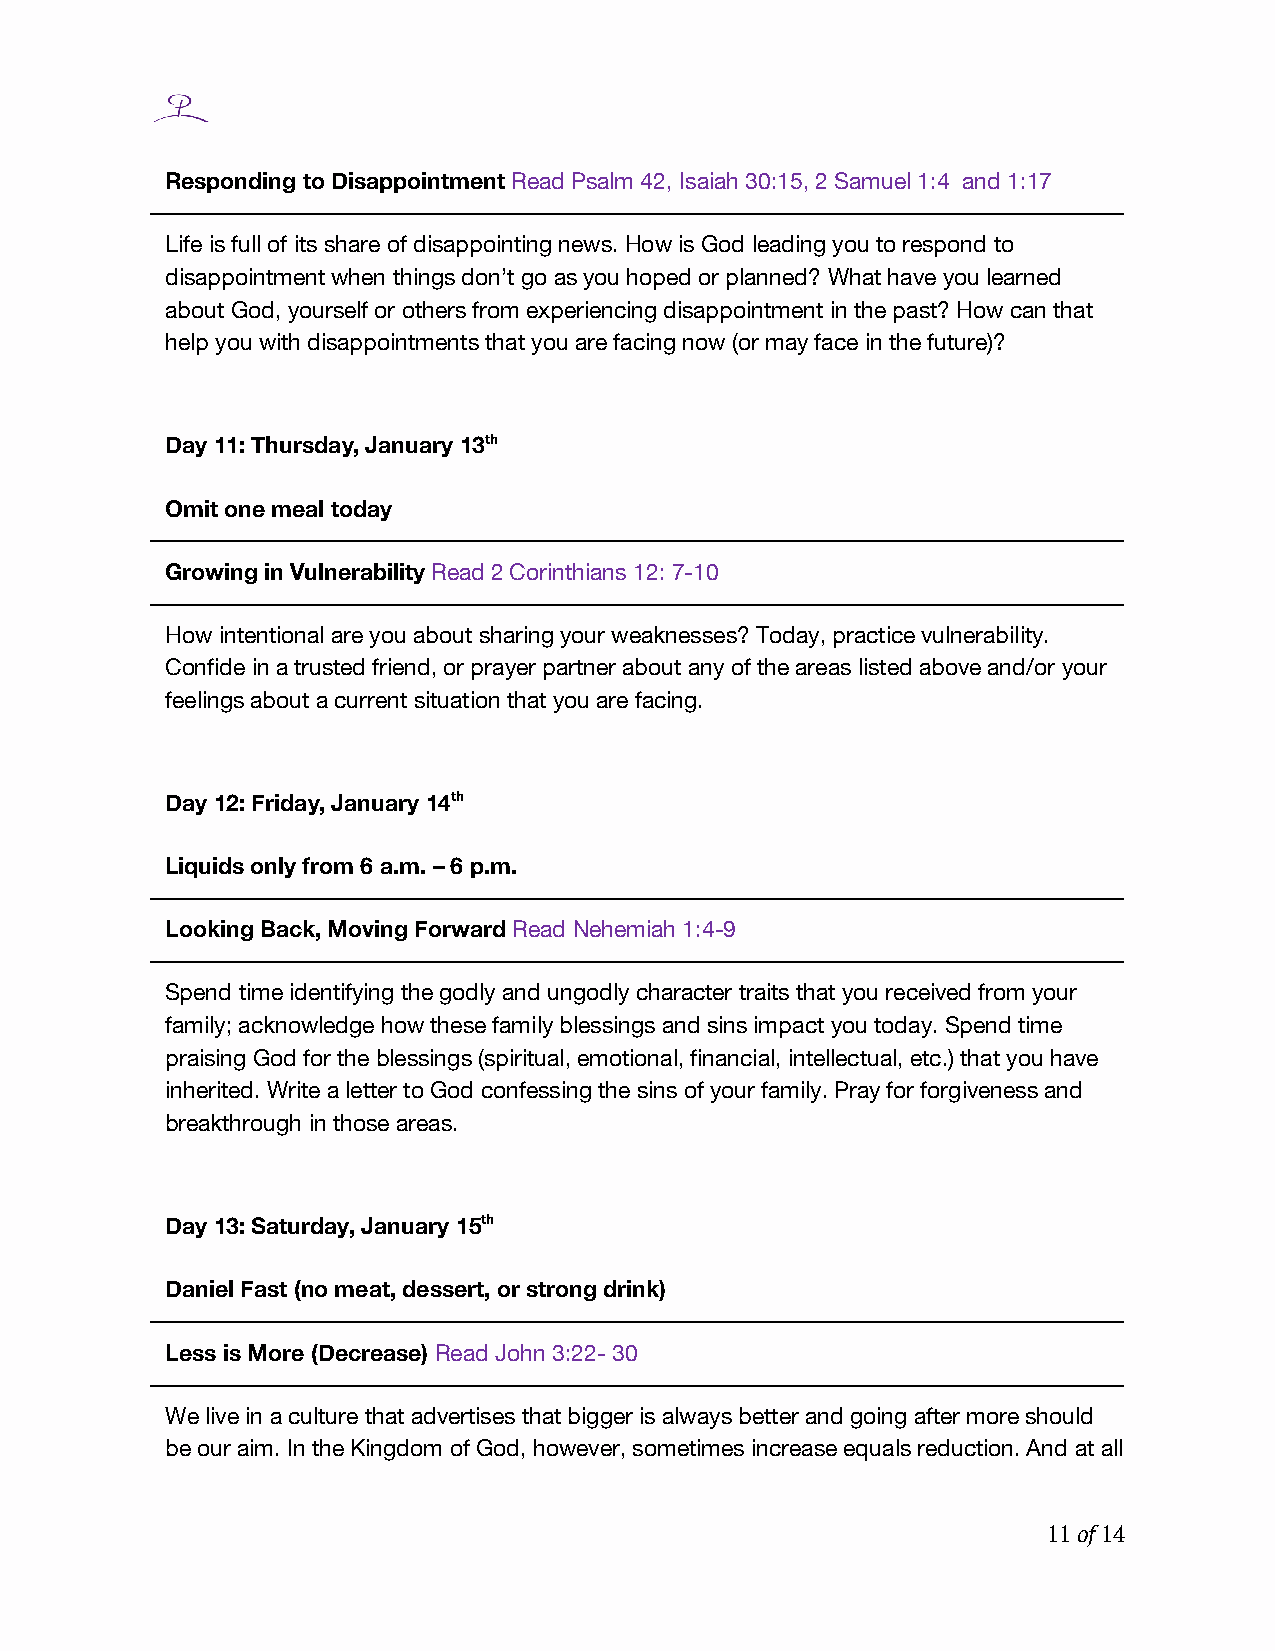
Responding to Disappointment Read Psalm 42, Isaiah 30:15, 2 Samuel 1:4 and 1:17
 Life is full of its share of disappointing news. How is God leading you to respond to
 disappointment when things don’t go as you hoped or planned? What have you learned
 about God, yourself or others from experiencing disappointment in the past? How can that
 help you with disappointments that you are facing now (or may face in the future)?
 Day 11: Thursday, January 13th
 Omit one meal today
 Growing in Vulnerability Read 2 Corinthians 12: 7-10
 How intentional are you about sharing your weaknesses? Today, practice vulnerability.
 Confide in a trusted friend, or prayer partner about any of the areas listed above and/or your
 feelings about a current situation that you are facing.
 Day 12: Friday, January 14th
 Liquids only from 6 a.m. – 6 p.m.
 Looking Back, Moving Forward Read Nehemiah 1:4-9
 Spend time identifying the godly and ungodly character traits that you received from your
 family; acknowledge how these family blessings and sins impact you today. Spend time
 praising God for the blessings (spiritual, emotional, financial, intellectual, etc.) that you have
 inherited. Write a letter to God confessing the sins of your family. Pray for forgiveness and
 breakthrough in those areas.
 Day 13: Saturday, January 15th
 Daniel Fast (no meat, dessert, or strong drink)
 Less is More (Decrease) Read John 3:22- 30
 We live in a culture that advertises that bigger is always better and going after more should
 be our aim. In the Kingdom of God, however, sometimes increase equals reduction. And at all
 11 of 14